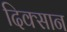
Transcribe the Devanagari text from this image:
दिक्सान